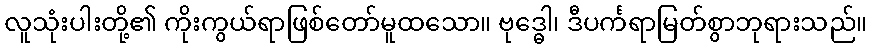
လူသုံးပါးတို့၏ ကိုးကွယ်ရာဖြစ်တော်မူထသော။ ဗုဒ္ဓေါ၊ ဒီပင်္ကရာမြတ်စွာဘုရားသည်။